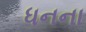
ધનના